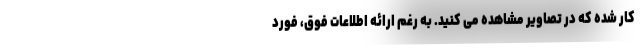
کار شده که در تصاویر مشاهده می کنید. به رغم ارائه اطلاعات فوق، فورد